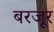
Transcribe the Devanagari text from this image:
बरजूर